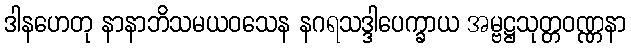
ဒါနဟေတု နာနာဘိသမယဝသေန နဂရသဒ္ဒါပေက္ခာယ အမ္ဗဋ္ဌသုတ္တဝဏ္ဏနာ